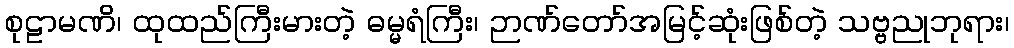
စုဠာမဏိ၊ ထုထည်ကြီးမားတဲ့ ဓမ္မရံကြီး၊ ဉာဏ်တော်အမြင့်ဆုံးဖြစ်တဲ့ သဗ္ဗညုဘုရား၊